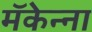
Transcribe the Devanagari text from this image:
मॅकेन्ना